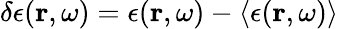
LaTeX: \delta\epsilon(\boldsymbol{\mathbf{r}},\omega)=\epsilon(\boldsymbol{\mathbf{r}},\omega)-\left\langle\epsilon(\boldsymbol{\mathbf{r}},\omega)\right\rangle